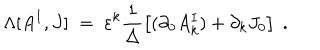
LaTeX: \Lambda [ A ^ { I } , J ] \; = \; \varepsilon ^ { k } \frac { 1 } { \Delta } \left[ ( \partial _ { 0 } A _ { k } ^ { I } ) + \partial _ { k } J _ { 0 } \right] \; .